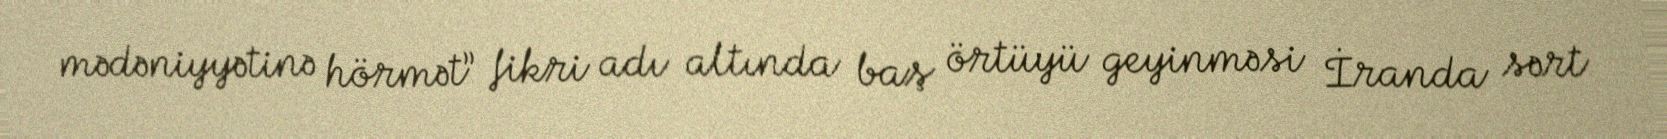
mədəniyyətinə hörmət” fikri adı altında baş örtüyü geyinməsi İranda sərt